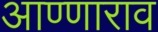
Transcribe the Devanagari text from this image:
आण्णाराव